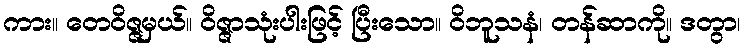
ကား။ တေဝိဇ္ဇမှယ်။ ဝိဇ္ဇာသုံးပါးဖြင့် ပြီးသော။ ဝိဘူသနံ၊ တန်ဆာကို။ ဒတွာ၊